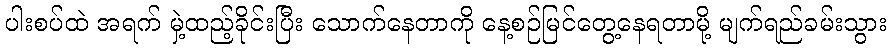
ပါးစပ်ထဲ အရက် မှဲ့ထည့်ခိုင်းပြီး သောက်နေတာကို နေ့စဉ်မြင်တွေ့နေရတာမို့ မျက်ရည်ခမ်းသွား